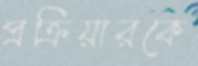
প্রক্রিয়ারকে